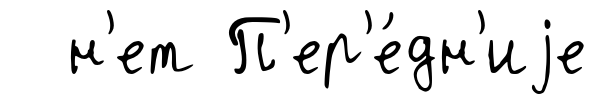
н'ет П'ер'е́дн'иjе